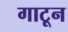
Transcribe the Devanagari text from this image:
गाटून